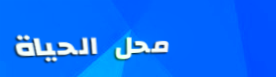
محل الحياة